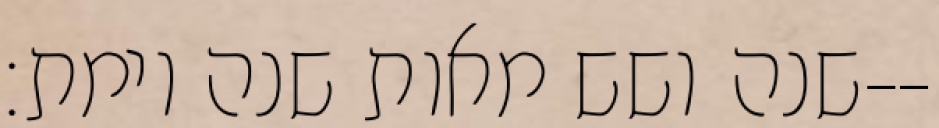
שנה ושש מאות שנה וימת׃--